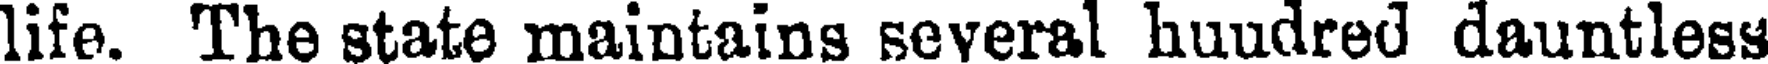
life. The state maintains several huudred dauntless